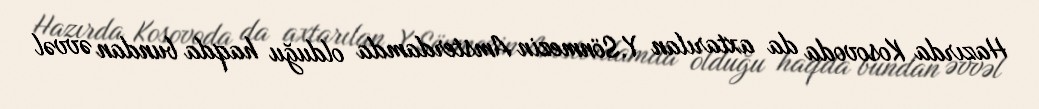
Hazırda Kosovoda da axtarılan Y.Sönmezin Amsterdamda olduğu haqda bundan əvvəl